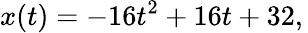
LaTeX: x(t)=-16t^{2}+16t+32,\,